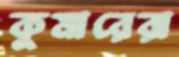
কুমারেরা